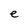
Character: e